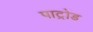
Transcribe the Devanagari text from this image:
पाट्रोड